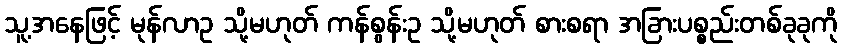
သူ့အနေဖြင့် မုန်လာဥ သို့မဟုတ် ကန်စွန်းဥ သို့မဟုတ် စားစရာ အခြားပစ္စည်းတစ်ခုခုကို